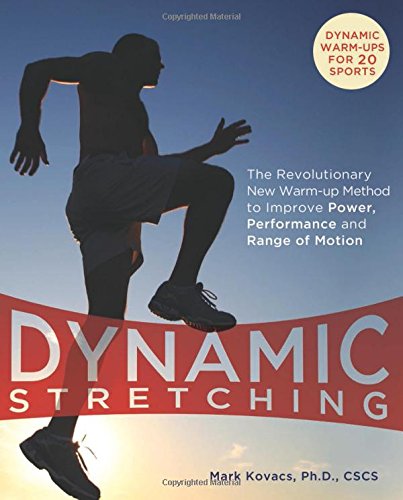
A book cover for Dynamic Stretching: The Revolutionary New Warm-up Method to Improve Power, Performance and Range of Motion; Mark Kovacs; Health, Fitness & Dieting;